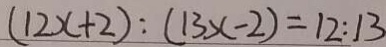
( 1 2 x + 2 ) : ( 1 3 x - 2 ) = 1 2 : 1 3